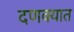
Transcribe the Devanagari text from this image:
दणक्यात